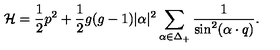
{ \cal H } = { \frac { 1 } { 2 } } p ^ { 2 } + { \frac { 1 } { 2 } } g ( g - 1 ) | \alpha | ^ { 2 } \sum _ { \alpha \in \Delta _ { + } } { \frac { 1 } { \sin ^ { 2 } ( \alpha \cdot q ) } } .